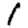
Digit: 1